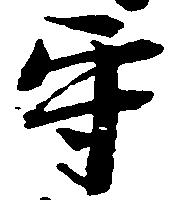
守